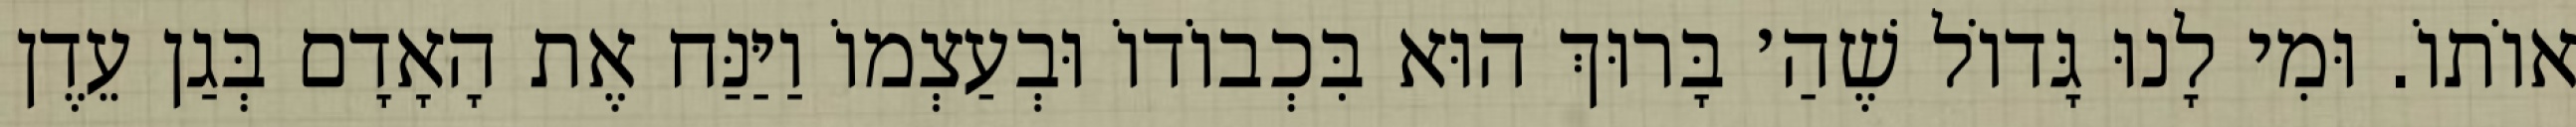
אוֹתוֹ. וּמִי לָנוּ גָּדוֹל שֶׁהַ׳ בָּרוּךְ הוּא בִּכְבוֹדוֹ וּבְעַצְמוֹ וַיַּנַּח אֶת הָאָדָם בְּגַן עֵדֶן